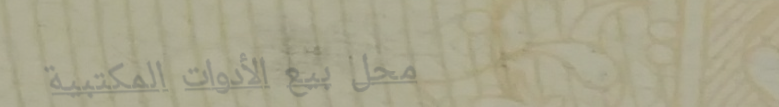
محل بيع الأدوات المكتبية